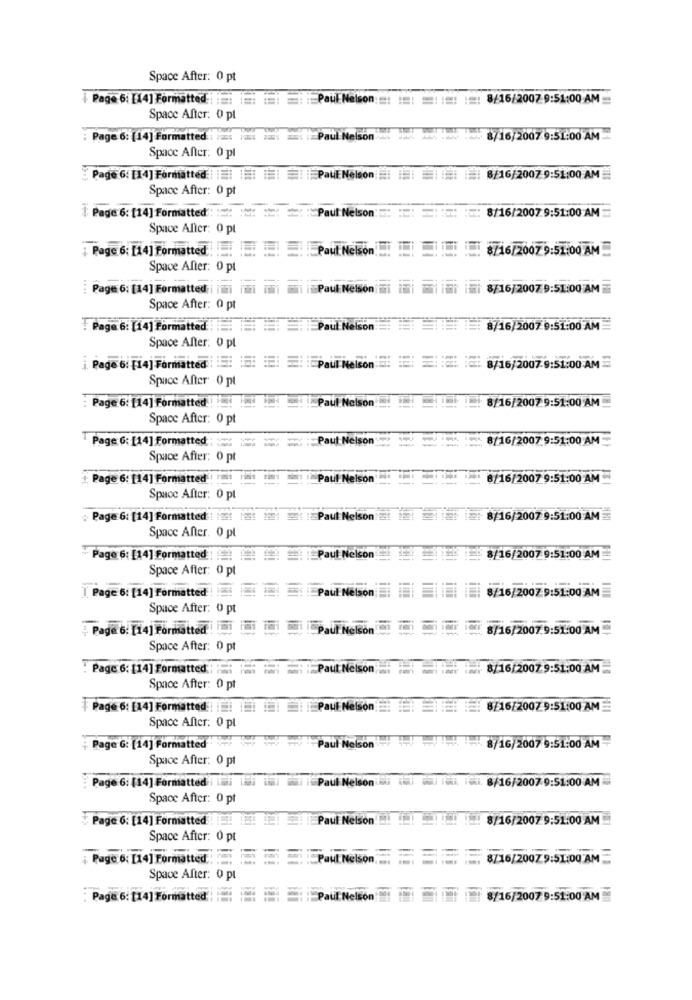
Space After: 0 pt
| Page 6: [14] Formatted = = = = PaulNelson :=: :: ::: :=: 8/16/2007.9:51:00 AM
Space After: 0 pt
Page 6: [14] Formatted : :: : : : : Paul Nelson
.. / 8/16/2007 9:51:00 AM
Space After: 0 pl
Page 6: [14] Formatted | || ||| ||| | | Paul Nelson : || | | | | 8/16/2007 9:51:00 AM
Space After: 0 pt
Paul Nelson
=: 8/16/2007 9:51:00 AM
[ Page 6: [14] Formatted
Space After: 0 pt
¡ Page 6; [14] Formatted . Paul Nelson
1 8/16/2007 9:51:00 AM
Space After: 0 pt
....
Page 6: [14] Formatted i hihi iiiii
i:Paul Nelson mi
8/16/2007 9:51:00 AM
Space After: 0 pt
Page 6: [14] Formatted : Paul Nelson
8/16/2007 9:51:00 AM
Space After: 0 pl
Page 6: [14] Formatted : : : Paul nelson : 8/16/2007 9:51:00 AM
Space After 0 pt
Page 6: [14] Formatted
Paul Nelson
8/16/2007 9:51:00 AM
Space After: 0 pt
Paul Nelson
--
8/16/2007 9:51:00 AM
Page 6: [14] Formatted ====
Space After: 0 pt
Page 6: [14] Formatted
Fim !Paul Nelson
8/16/2007 9:51:00 AM
Space After: 0 pt
Page 6: [14] Formatted : : : : : : Paul Nelson !!
= =: 8/16/2007 9:51:00 AM
Space After. 0 pt
Page 6: [14] Formatted Paul Nelson
8/16/2007 9:51:00 AM
Space After: 0 pt
8/16/2007 9:51:00 AM
[ Page 6: [14] Formatted : Paul Nelson
Space After: 0 pt
Page 6: [14] Formatted i imi
Paul Nelson
8/16/2007.9:51:00 AM
Space After: 0 pt
: Page 6: [14] Formatted : :: : ::
:Paul Nelson
8/16/2007 9:51:00 AM
Space After: 0 pt
Page 6: [14] Formatted | || || || | |Paul Nelson : 8/16/20079:51:00 AM
Space After: 0 pt
Page G: [14] Formatted
Paul Nelson
8/16/2007 9:51:00 AM
Space After: 0 pt
Page 6: [14] Formatted i lidi ili iiii ii i Paul Nelson
Ti. 8/16/2007.9:51:00 AM
Space After: 0 pt
Page 6: [14] Formatted ! ! ! ! Paul Nelson
8/16/2007 9:51:00 AM
Space After: 0 pt
Page 6: [14] Formatted : Paul Nelson
= = 8/16/20079:51:00 AM
Space After: 0 pt
: Page 6: [14] Formatted
Paul Nelson
8/16/2007 9:51:00 AM